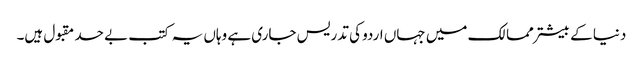
دنیا کے بیشتر ممالک میں جہاں اردو کی تدریس جاری ہے وہاں یہ کتب بے حد مقبول ہیں۔